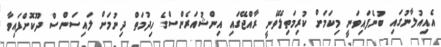
އެއިއުލާނުގައި ބުނެފައިވަނީ މިކަމަށް ކުރިމަތިލެވޭނީ ރާއްޖޭގައި އިންޝުއަރެންސްގެ ހިދުމަތް ދިނުމަށް ލައިސަންސް ދޫކޮށްފައިވާ